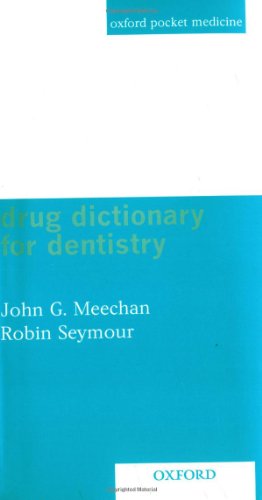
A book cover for Drug Dictionary for Dentistry; John G Meechan; Medical Books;